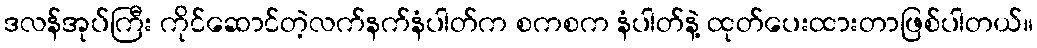
ဒလန်အုပ်ကြီး ကိုင်ဆောင်တဲ့လက်နက်နံပါတ်က စကစက နံပါတ်နဲ့ ထုတ်ပေးထားတာဖြစ်ပါတယ်။